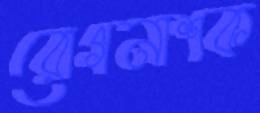
রোগনাশক